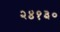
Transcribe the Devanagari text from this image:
२४१३०